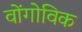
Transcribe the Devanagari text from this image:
वोंगोविक